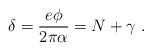
\begin{align*}\delta=\frac{e\phi}{2\pi \alpha}=N+\gamma \ .\end{align*}